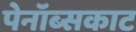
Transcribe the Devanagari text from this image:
पेनॉब्सकाट